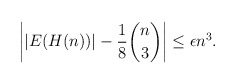
\begin{align*} \left| |E(H(n))| - \frac{1}{8} \binom{n}{3} \right| \leq \epsilon n^3. \end{align*}